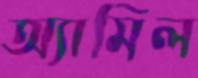
অ্যামিল